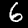
Digit: 6